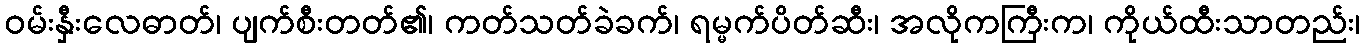
ဝမ်းနှီးလေဓာတ်၊ ပျက်စီးတတ်၏၊ ကတ်သတ်ခဲခက်၊ ရမ္မက်ပိတ်ဆီး၊ အလိုကကြီးက၊ ကိုယ်ထီးသာတည်း၊